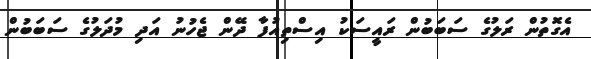
އެގޮތުން ރަލުގެ ސަބަބުން ރައީސަކު އިސްތިއުފާ ދޭން ޖެހުނު އަދި މުދަލުގެ ސަބަބުން